Riisipere_vallakohus, lk 12
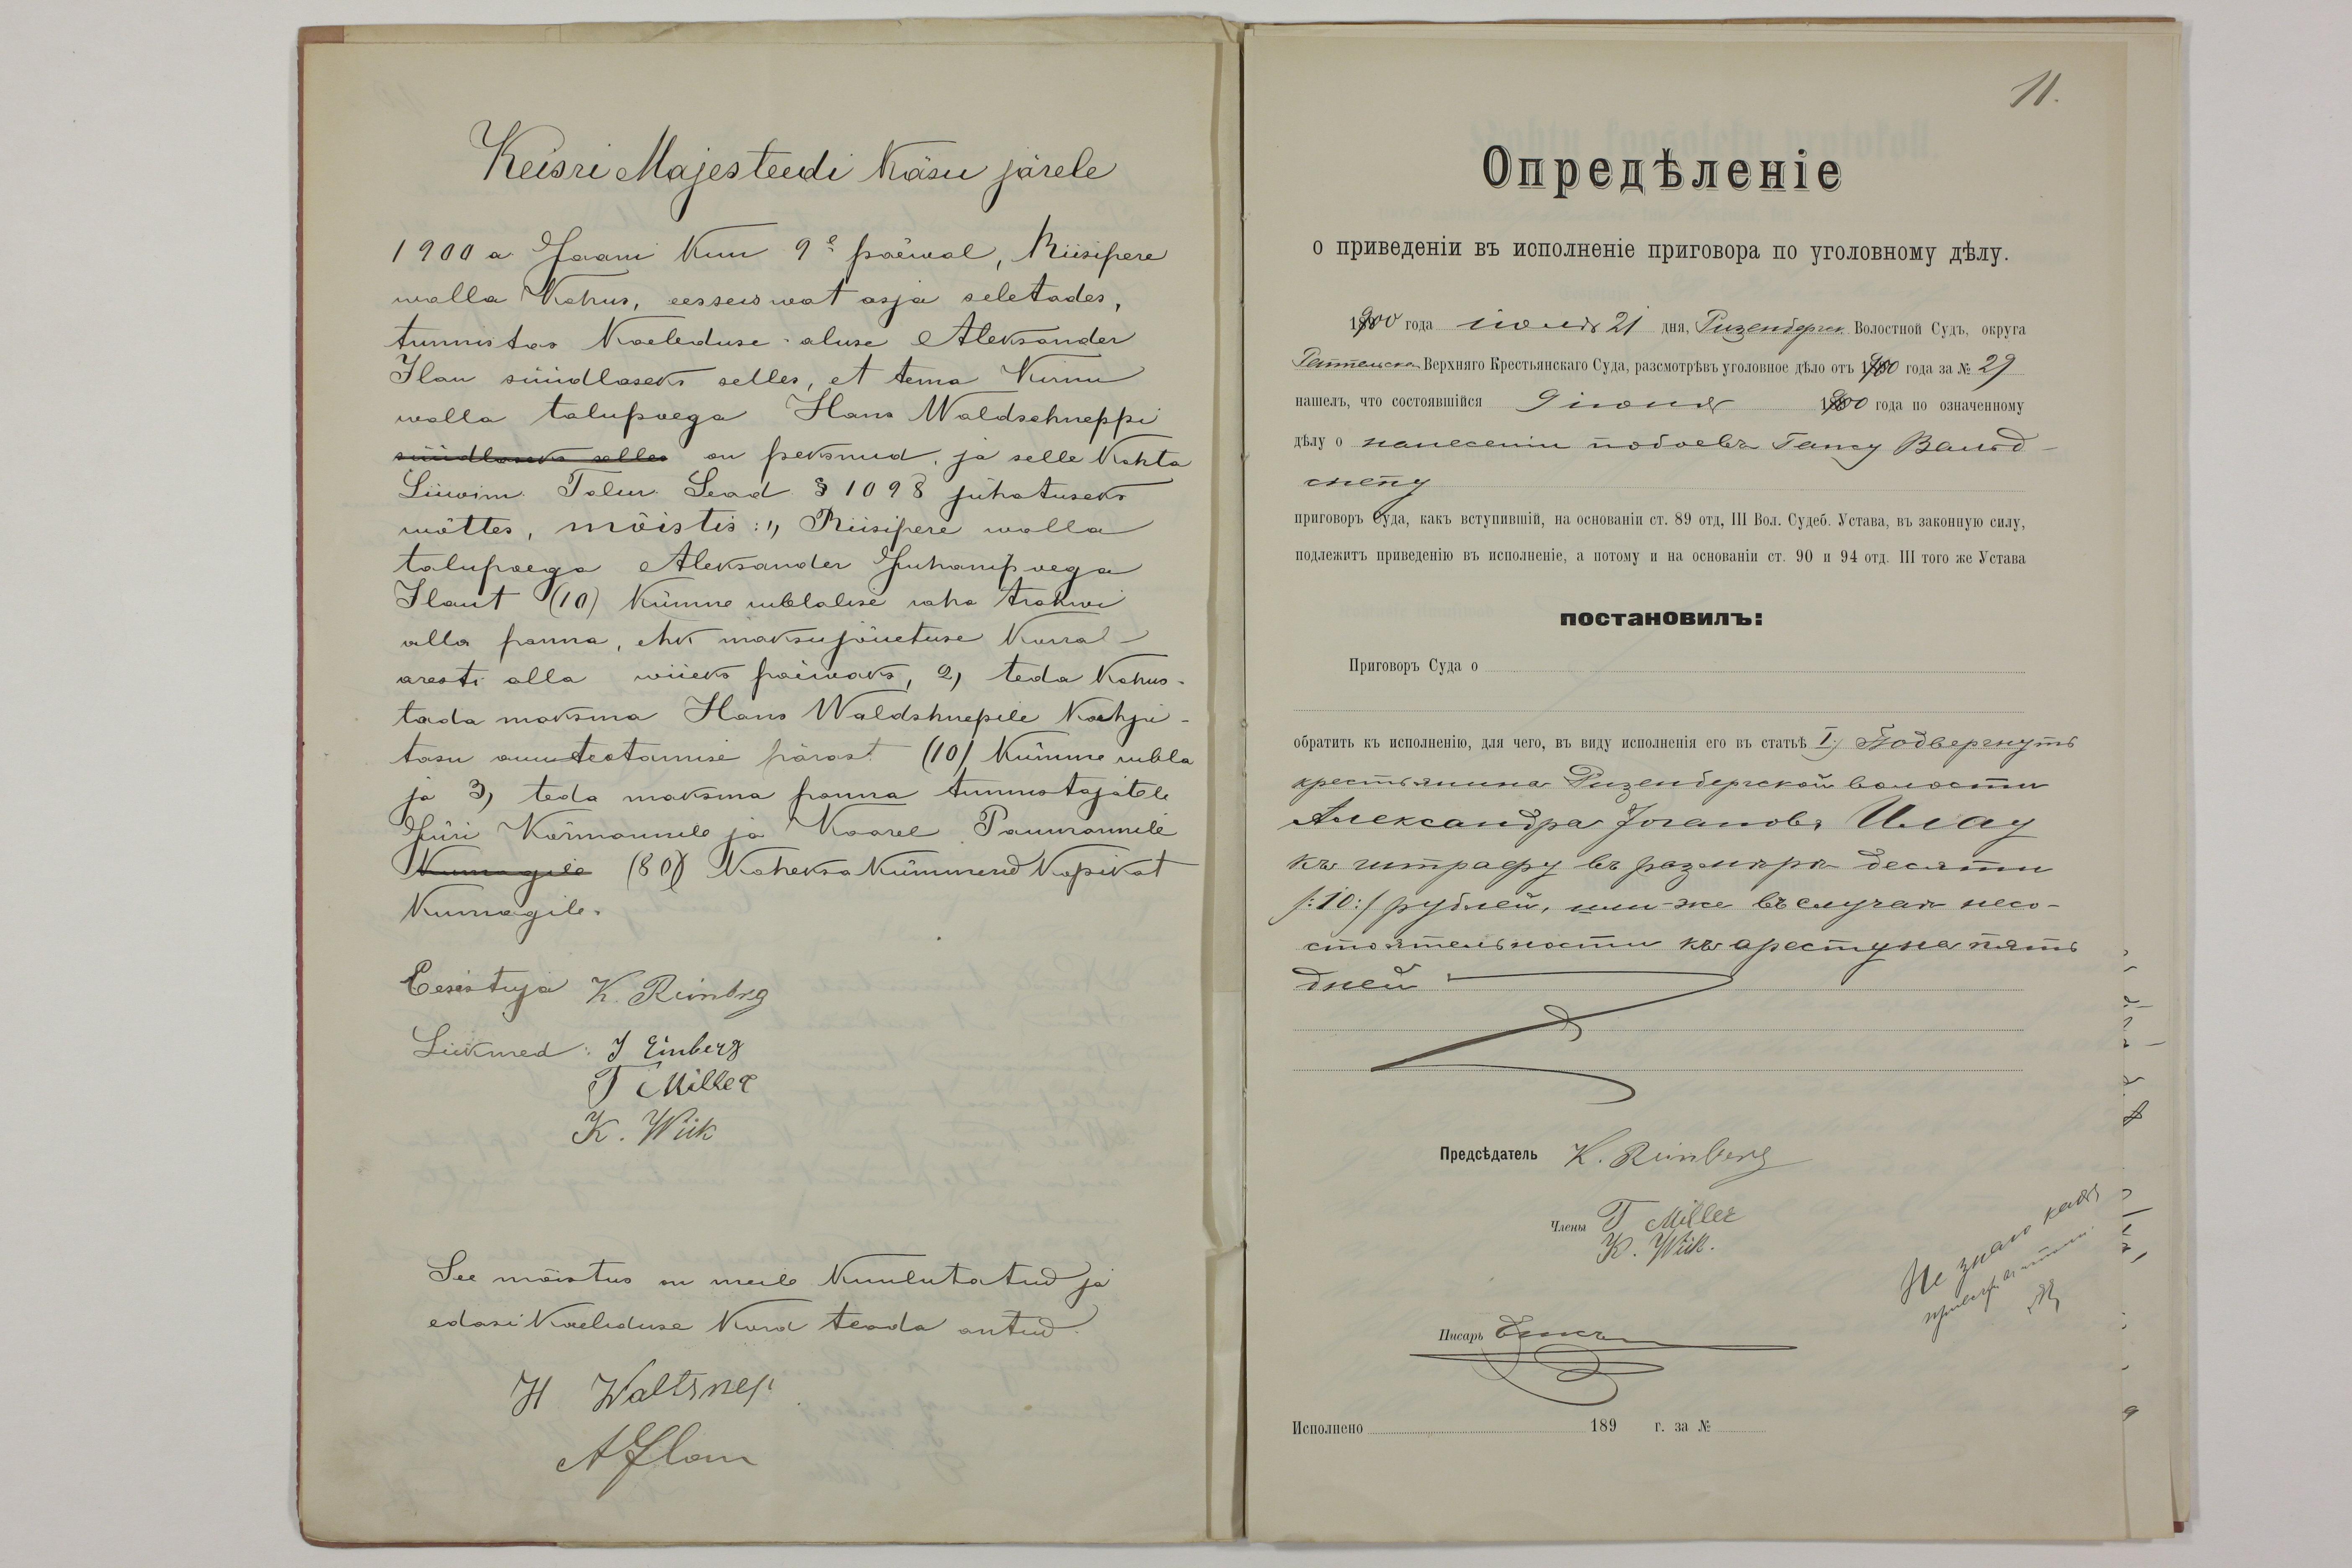
Keisri Majesteedi Käsu järele
1900 a Jaani kuu 9l päewal, Riisipere
walla Kohus, eesseiswat asja seletades,
tunnistas kaebduse aluse Aleksander
Ilau süüdlaseks selles, et tema Kernu
walla talupoega Hans Waldschneppi
süüdlaseks selles on peksnud, ja selle Kohta
Liiwim Talur. Sead § 1098 juhatuseks
wõttes, mõistis: "Riisipere walla
talupoega Aleksander Juhanipoega
Ilaut (10) Kümne rublalise raha trahwi
alla panna, ehk maksujõuetuse Korral-
aresti alla wiieks päewaks, 2) teda kohus-
tada maksma Hans Waldshnepile kahju
tasu auuteotamise pärast (10) kümme rubla
ja 3) teda maksma panna tunnistajatele
Jüri Kärmannile ja Kaarel Paumannile
Kumagile (80) kaheksa kümmend kopikat
Kumagile.
Eesistuja K. Reinberg
Liikmed: J. Einberg
T Miller
K. Wiik
See mõistus on meile kuulutatud ja
edasi Kaebduse Kord teada antud.
H Waltsnep
A Ilau